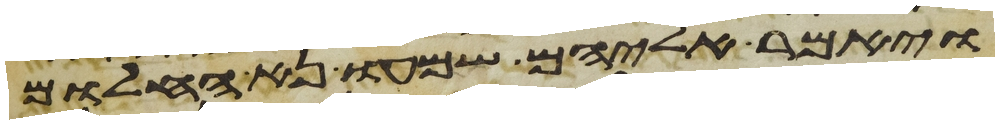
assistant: ויאמר אליהם שמעו נא החלום